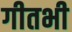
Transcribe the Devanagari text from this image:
गीतभी